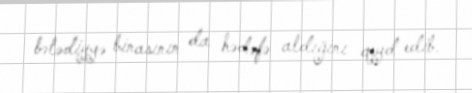
bələdiyyə binasının da hədəfə aldığını qeyd edib.